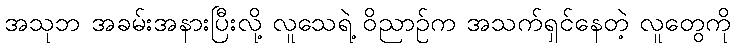
အသုဘ အခမ်းအနားပြီးလို့ လူသေရဲ့ ဝိညာဉ်က အသက်ရှင်နေတဲ့ လူတွေကို